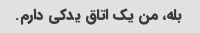
بله، من یک اتاق یدکی دارم.